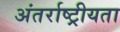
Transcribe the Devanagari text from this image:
अंतर्राष्ट्रीयता